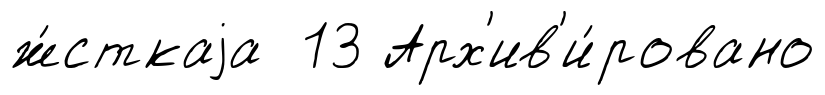
ж́сткаjа 13 Арх'ив'и́ровано